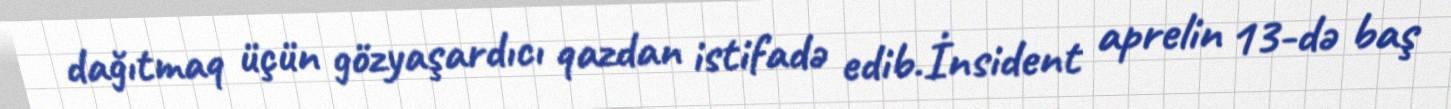
dağıtmaq üçün gözyaşardıcı qazdan istifadə edib.İnsident aprelin 13-də baş